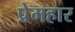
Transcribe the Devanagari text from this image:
प्रेमहार